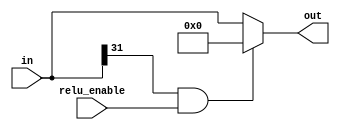
`timescale 1ns / 1ps


module 
 relu #(parameter
///////////advanced parameters//////////
	DATA_WIDTH      = 32
	)(
	input relu_enable,
    input [DATA_WIDTH-1:0] in,
    output [DATA_WIDTH-1:0] out
    );
   
	assign out = ( (in[DATA_WIDTH-1]) & relu_enable ) ?  32'h00000000 : in ;
    //assign out = in;
endmodule